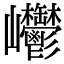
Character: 𡿥